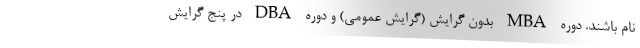
نام باشند. دوره MBA بدون گرایش (گرایش عمومی) و دوره DBA در پنج گرایش